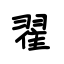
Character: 翟